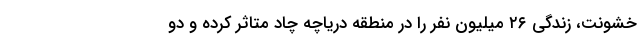
خشونت، زندگی ۲۶ میلیون نفر را در منطقه دریاچه چاد متاثر کرده و دو